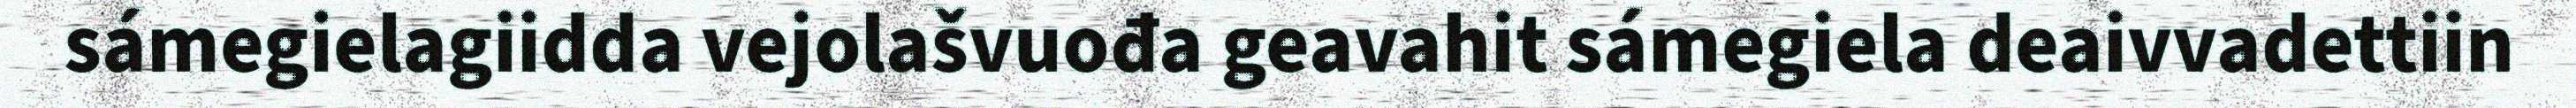
sámegielagiidda vejolašvuođa geavahit sámegiela deaivvadettiin